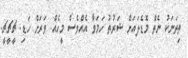
ތިތަނަކު ނެތް މޮޑެލައަށް ޝަރުތު ހަމަވާ އެއްވެސް މީހެއް. ވަރަށް ހަޑި. ޗީޗީޗީ.